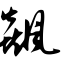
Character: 飙